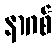
နာဂစ်